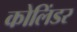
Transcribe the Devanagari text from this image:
कोलिंडर